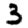
Digit: 3